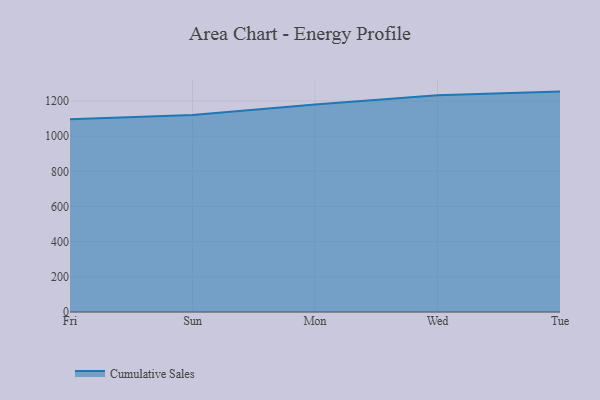
{"axis": {"x": "Day", "y": "Bounce Rate (%)"}, "legend": ["Cumulative Sales"], "data": [{"x": "Fri", "y": 1095.6, "type": "Cumulative Sales"}, {"x": "Sun", "y": 1119.7, "type": "Cumulative Sales"}, {"x": "Mon", "y": 1180.3, "type": "Cumulative Sales"}, {"x": "Wed", "y": 1232.7, "type": "Cumulative Sales"}, {"x": "Tue", "y": 1253.3, "type": "Cumulative Sales"}]}